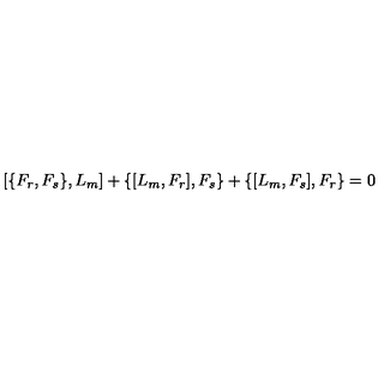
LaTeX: \left[ \{ F _ { r } , F _ { s } \} , L _ { m } \right] + \{ [ L _ { m } , F _ { r } ] , F _ { s } \} + \{ [ L _ { m } , F _ { s } ] , F _ { r } \} = 0